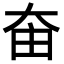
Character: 𡘒